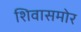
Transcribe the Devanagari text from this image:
शिवासमोर